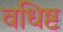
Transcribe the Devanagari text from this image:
वधिष्ट